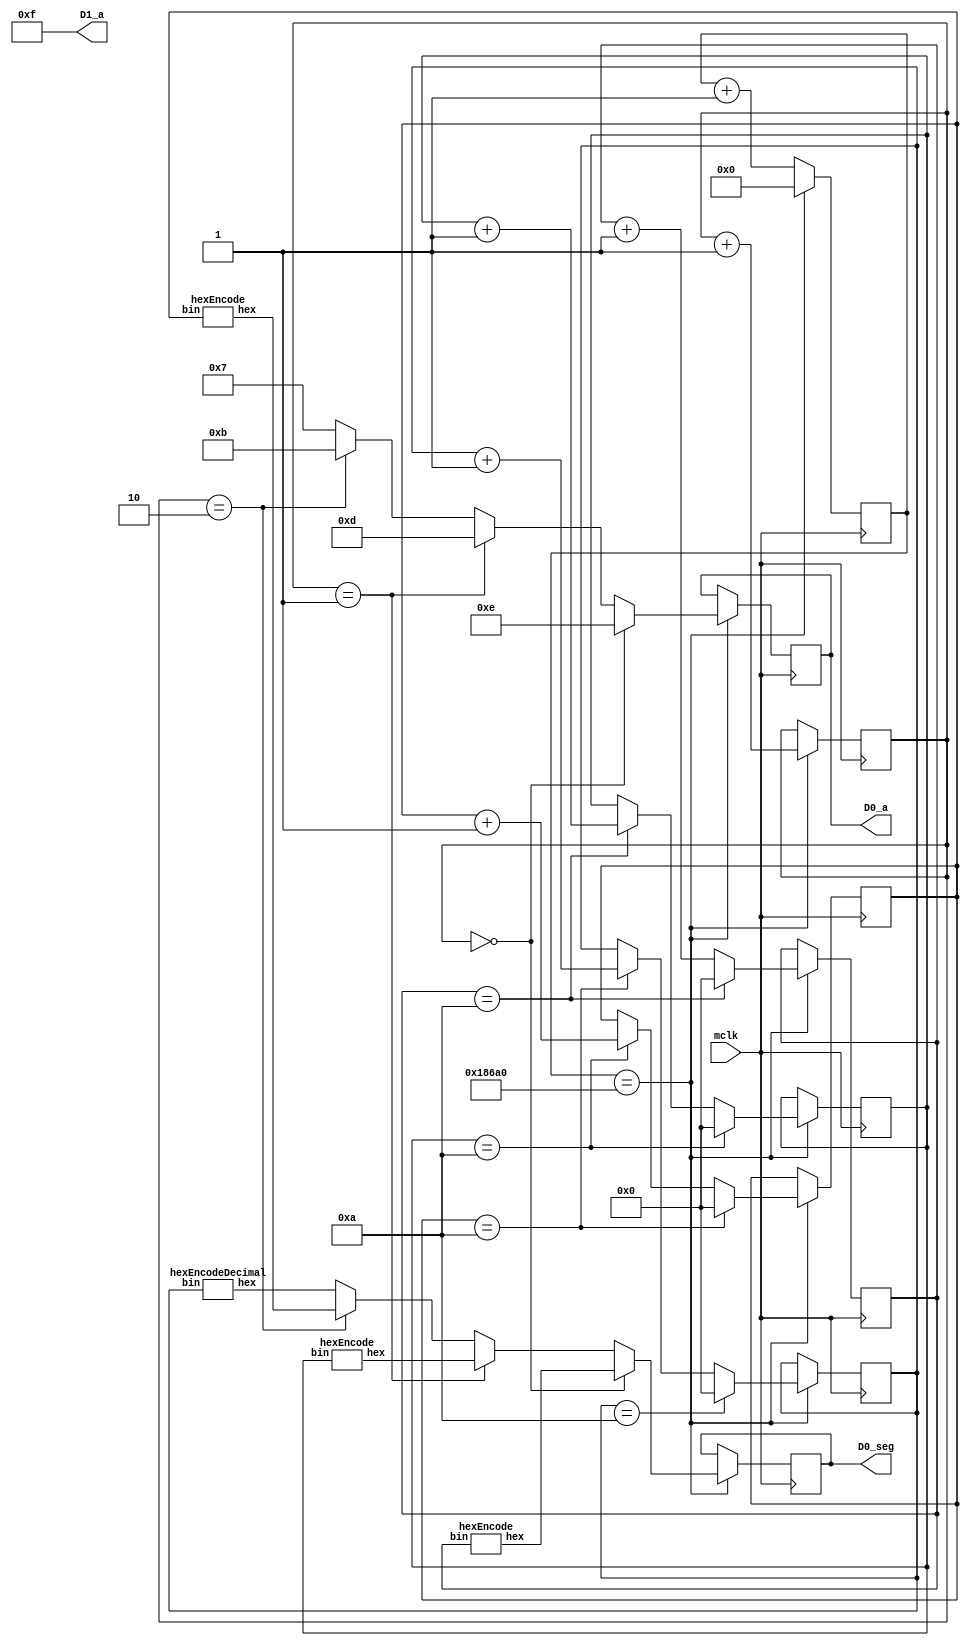
`timescale 1ns / 1ps

module Lab11(
     
    //Output leds and led-segments
    input mclk,
    output [7:0] D0_seg,
    output [3:0] D0_a, D1_a
);

reg [16:0] count = 16'b0; //Counts to 2^16 (65536) - starts at 0

reg [1:0] state = 2'b0; //Current state (which segment should be on)
reg [3:0] activeSegment = 4'b0; //Assign D0_a to this wire

wire [7:0] led_seg1;
wire [7:0] led_seg2;
wire [7:0] led_seg3;
wire [7:0] led_seg4;

//The integer values displayed by the light segments
reg [3:0] value1 = 4'b0001;
reg [3:0] value2 = 4'b0010;
reg [3:0] value3 = 4'b0011;
reg [3:0] value4 = 4'b0100;

reg [7:0] seg_reg = 8'b0;

always @(posedge(mclk)) begin
    if(count == 100000) begin
        count <= 0;
        
        //Assign active segment depending on which state the state reg is in (MUX)
        activeSegment <= (state == 2'b00) ? 4'b1110 : (state == 2'b01) ? 4'b1101 : (state == 2'b10) ?
        4'b1011 : 4'b0111; 
        
        //Assign segment register to different led_seg values depending on the state
        seg_reg <= (state == 2'b00) ? {led_seg1} : (state == 2'b01) ? {led_seg2} : (state == 2'b10) ?
        {led_seg3} : {led_seg4};
        
        if(value4 == 4'b1010) begin
            value4 <= 4'b0;
            value3 <= value3 + 1;
        end else begin
            value4 = value4 + 1;
        end
        
        if(value3 == 4'b1010) begin
            value3 <= 4'b0;
            value2 <= value2 + 1;
        end
        
        if(value2 == 4'b1010) begin
            value2 <= 4'b0;
            value1 <= value1 + 1;
        end
     
        if(value1 == 4'b1010) begin
            value1 <= 4'b0;
        end
       
        state <= state + 1;
        
    end else begin
        count <= count + 1;
    end
end

//Which segment is active
assign D0_a = activeSegment;

//Encodes all the segment values based on the switches
hexEncodeDecimal en1(value1, led_seg4);
hexEncode en2(value2, led_seg3);
hexEncode en3(value3, led_seg2);
hexEncode en4(value4, led_seg1);
  
//Assign LED Seg value to seg_reg
assign D0_seg = seg_reg;

//Turn off unused led-segment
assign D1_a = 4'b1111;

endmodule

module hexEncode(input [3:0] bin, output [7:0] hex);
  
  //Ternary operator which assigns output
  assign hex = (bin==4'b0000)? 8'hC0 : (bin==4'b0001)? 8'hF9 : //0, 1
    
    (bin==4'b0010)? 8'hA4 : (bin==4'b0011)? 8'hB0 : //2, 3
    
    (bin==4'b0100)? 8'h99 : (bin==4'b0101)? 8'h92 : //4, 5
    
    (bin==4'b0110)? 8'h82 : (bin==4'b0111)? 8'hF8 : //6, 7
    
    (bin==4'b1000)? 8'h80 : (bin==4'b1001)? 8'h98 : //8, 9
    
    (bin==4'b1010)? 8'h88 : (bin==4'b1011)? 8'h83 : //A, B
    
    (bin==4'b1100)? 8'hC6 : (bin==4'b1101)? 8'hA1 : //C, D
    
    (bin==4'b1110)? 8'h86 : 8'h8E; //E, F
    
  
endmodule

module hexEncodeDecimal(input [3:0] bin, output [7:0] hex);
  
  //Ternary operator which assigns output
  assign hex = (bin==4'b0000)? 8'h40 : (bin==4'b0001)? 8'h79 : //0, 1
    
    (bin==4'b0010)? 8'h24 : (bin==4'b0011)? 8'h30 : //2, 3
    
    (bin==4'b0100)? 8'h19 : (bin==4'b0101)? 8'h12 : //4, 5
    
    (bin==4'b0110)? 8'h02 : (bin==4'b0111)? 8'h78 : //6, 7
    
    (bin==4'b1000)? 8'h00 : (bin==4'b1001)? 8'h18 : //8, 9
    
    (bin==4'b1010)? 8'h88 : (bin==4'b1011)? 8'h83 : //A, B
    
    (bin==4'b1100)? 8'hC6 : (bin==4'b1101)? 8'hA1 : //C, D
    
    (bin==4'b1110)? 8'h86 : 8'h8E; //E, F
    
  
endmodule